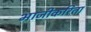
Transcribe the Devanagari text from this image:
भाजीकरिता